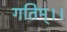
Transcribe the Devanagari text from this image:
गतिम्।।